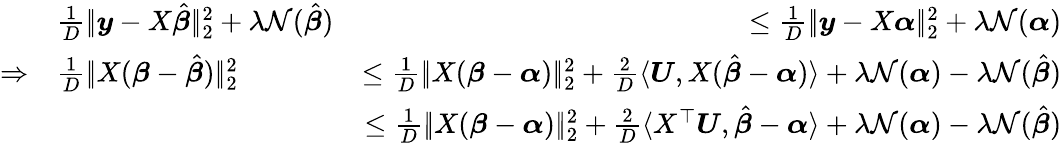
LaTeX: \begin{array}{rlr}&{\frac 1D|\! |\boldsymbol{y}-X\hat{\boldsymbol{\beta}}|\! |_{2}^{2}+\lambda\mathcal N(\hat{\boldsymbol{\beta}})}&{\leq\frac 1D|\! |\boldsymbol{y}-X\boldsymbol{\alpha}|\! |_{2}^{2}+\lambda\mathcal N({\boldsymbol{\alpha}})}\\ {\Rightarrow}&{\frac 1D|\! |X(\boldsymbol{\beta}-\hat{\boldsymbol{\beta}})|\! |_{2}^{2}}&{\leq\frac 1D|\! |X(\boldsymbol{\beta}-\boldsymbol{\alpha})|\! |_{2}^{2}+\frac 2D\langle\boldsymbol{U},X(\hat{\boldsymbol{\beta}}-\boldsymbol{\alpha})\rangle+\lambda\mathcal N(\boldsymbol{\alpha})-\lambda\mathcal N(\hat{\boldsymbol{\beta}})}\\ &{}&{\leq\frac 1D|\! |X(\boldsymbol{\beta}-\boldsymbol{\alpha})|\! |_{2}^{2}+\frac 2D\langle X^{\top}\boldsymbol{U},\hat{\boldsymbol{\beta}}-\boldsymbol{\alpha}\rangle+\lambda\mathcal N(\boldsymbol{\alpha})-\lambda\mathcal N(\hat{\boldsymbol{\beta}})}\end{array}